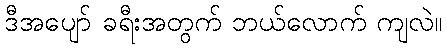
ဒီအပျော် ခရီးအတွက် ဘယ်လောက် ကျလဲ။